Vaccination in Burma 1920-1933 - 1920-1933
Year: 1920
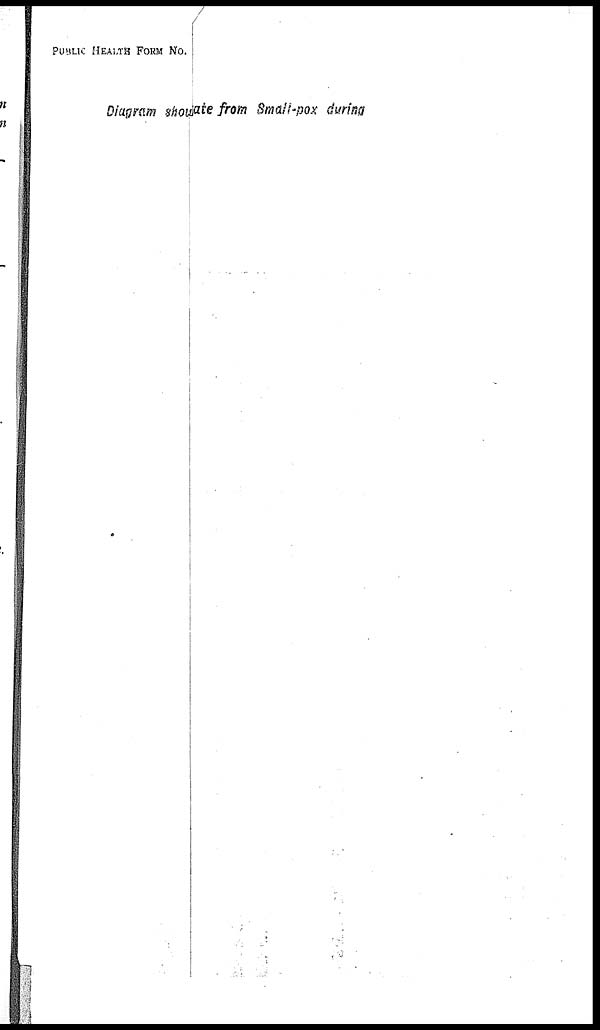
PUBLIC HEALTH FORM NO.
Diagram show ate from Small-pox during